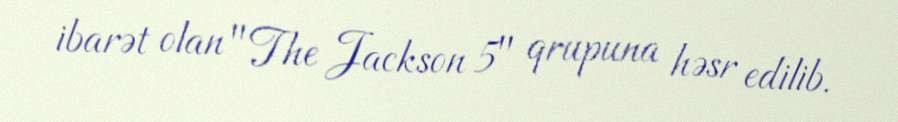
ibarət olan "The Jackson 5" qrupuna həsr edilib.